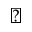
\diagdown